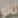
الله